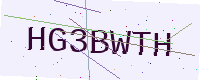
Text: HG3BWTH